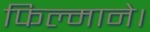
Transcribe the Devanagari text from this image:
फिल्माने।